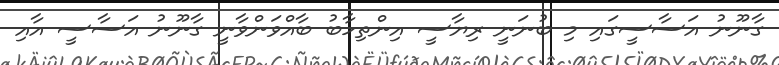
ގާނޫނު އަސާސީގައި މި ބުނަނީ ރިޔާސީ އިންތިހާބު ބާއްވަންވާނީ ގާނޫނު އަސާސީ އާއި